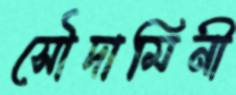
সৌদামিনী